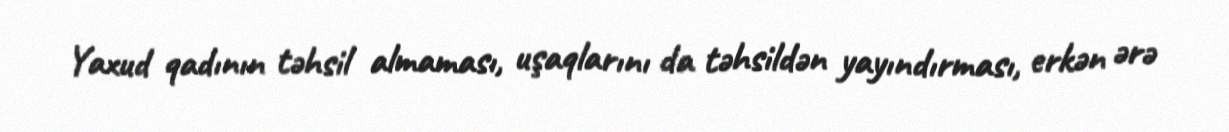
Yaxud qadının təhsil almaması, uşaqlarını da təhsildən yayındırması, erkən ərə